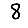
Digit: 8